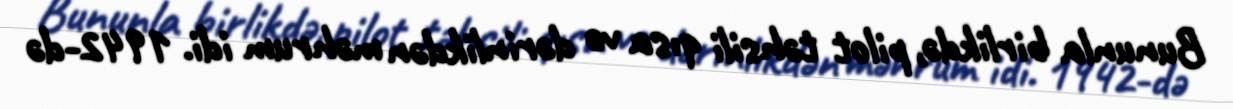
Bununla birlikdə, pilot təhsili qısa və dərinlikdən məhrum idi. 1942-də